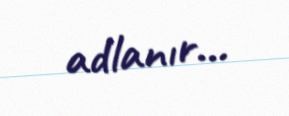
adlanır...